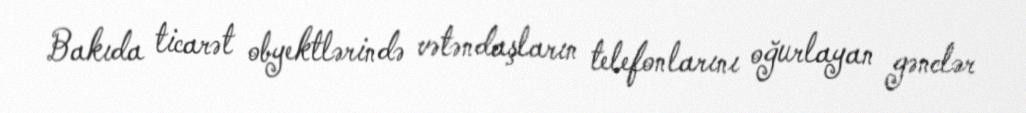
Bakıda ticarət obyektlərində vətəndaşların telefonlarını oğurlayan gənclər